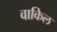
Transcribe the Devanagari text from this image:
वाकिल